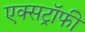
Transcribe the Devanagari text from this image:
एक्सट्रॉफी